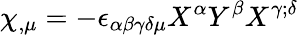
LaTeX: \chi_{,\mu}=-\epsilon_{\alpha\beta\gamma\delta\mu}X^{\alpha}Y^{\beta}X^{\gamma;\delta}